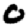
Digit: 0